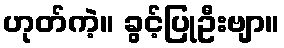
ဟုတ်ကဲ့။ ခွင့်ပြုဦးဗျာ။